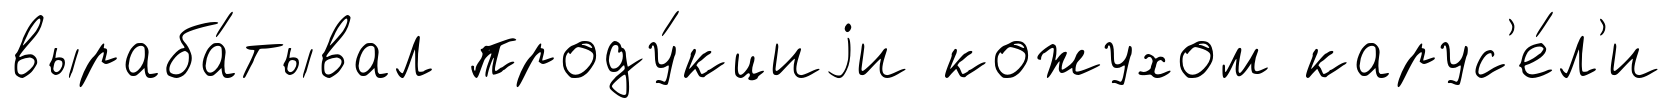
выраба́тывал проду́кциjи кожухом карус'е́л'и